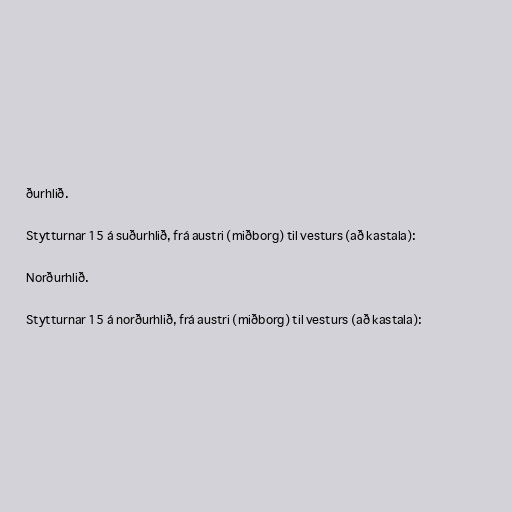
ðurhlið.

Stytturnar 15 á suðurhlið, frá austri (miðborg) til vesturs (að kastala):

Norðurhlið.

Stytturnar 15 á norðurhlið, frá austri (miðborg) til vesturs (að kastala):